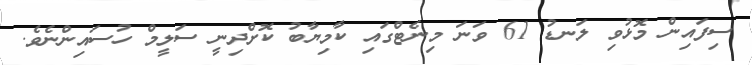
ސިފައިން މޮޅުވި ލަނޑު 61 ވަނަ މިނެޓްގައި ކާމިޔާބު ކޮށްދިނީ ސަލީމް ހުސައިންނެވެ.